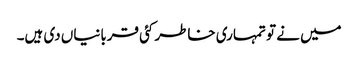
میں نے تو تمہاری خاطر کئی قربانیاں دی ہیں۔